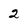
Character: 2